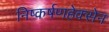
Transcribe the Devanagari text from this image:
निष्कर्षणहेक्सेन